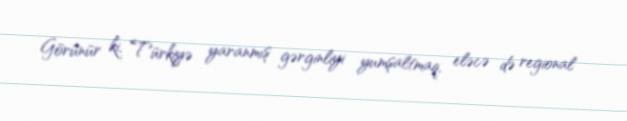
Görünür ki, Türkiyə yaranmış gərginliyi yumşaltmaq, eləcə də regional